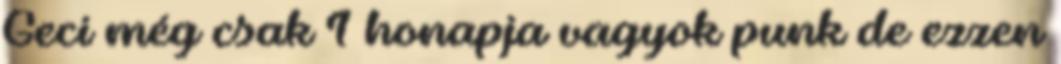
Geci még csak 1 honapja vagyok punk de ezzen